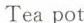
Tea pot